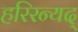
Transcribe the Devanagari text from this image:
हरिरन्यद्